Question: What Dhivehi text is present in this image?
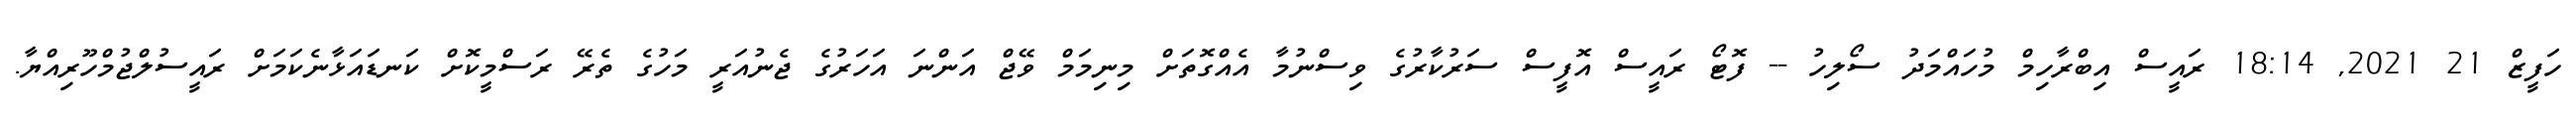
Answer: ހަފީޒް 21 2021, 18:14 ރައީސް އިބްރާހިމް މުހައްމަދު ސޯލިހު -- ފޮޓޯ ރައީސް އޮފީސް ސަރުކާރުގެ ވިސްނުމާ އެއްގޮތަށް މިނިމަމް ވޭޖް އަންނަ އަހަރުގެ ޖެނުއަރީ މަހުގެ ތެރޭ ރަސްމީކޮށް ކަނޑައަޅާނެކަމަށް ރައީސުލްޖުމްހޫރިއްޔާ.